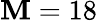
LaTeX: \mathbf{M}=18